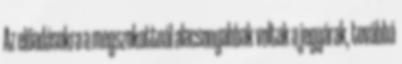
Az előadásokra a megszokottnál alacsonyabbak voltak a jegyárak, továbbá